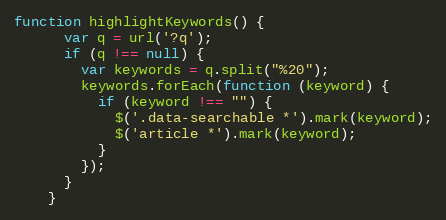
Language: JavaScript
function highlightKeywords() {
      var q = url('?q');
      if (q !== null) {
        var keywords = q.split("%20");
        keywords.forEach(function (keyword) {
          if (keyword !== "") {
            $('.data-searchable *').mark(keyword);
            $('article *').mark(keyword);
          }
        });
      }
    }